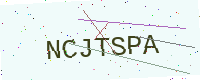
Text: NCJTSPA